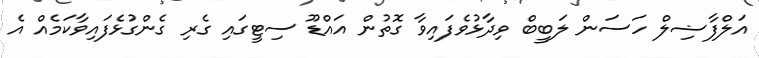
އަލްފާޟިލް ހަސަން ލަބީބް ވިދާޅުވެފައިވާ ގޮތުން އައްޑޫ ސިޓީގައި ގެރި ގެންގުޅެފައިވާކަމެއް އެ